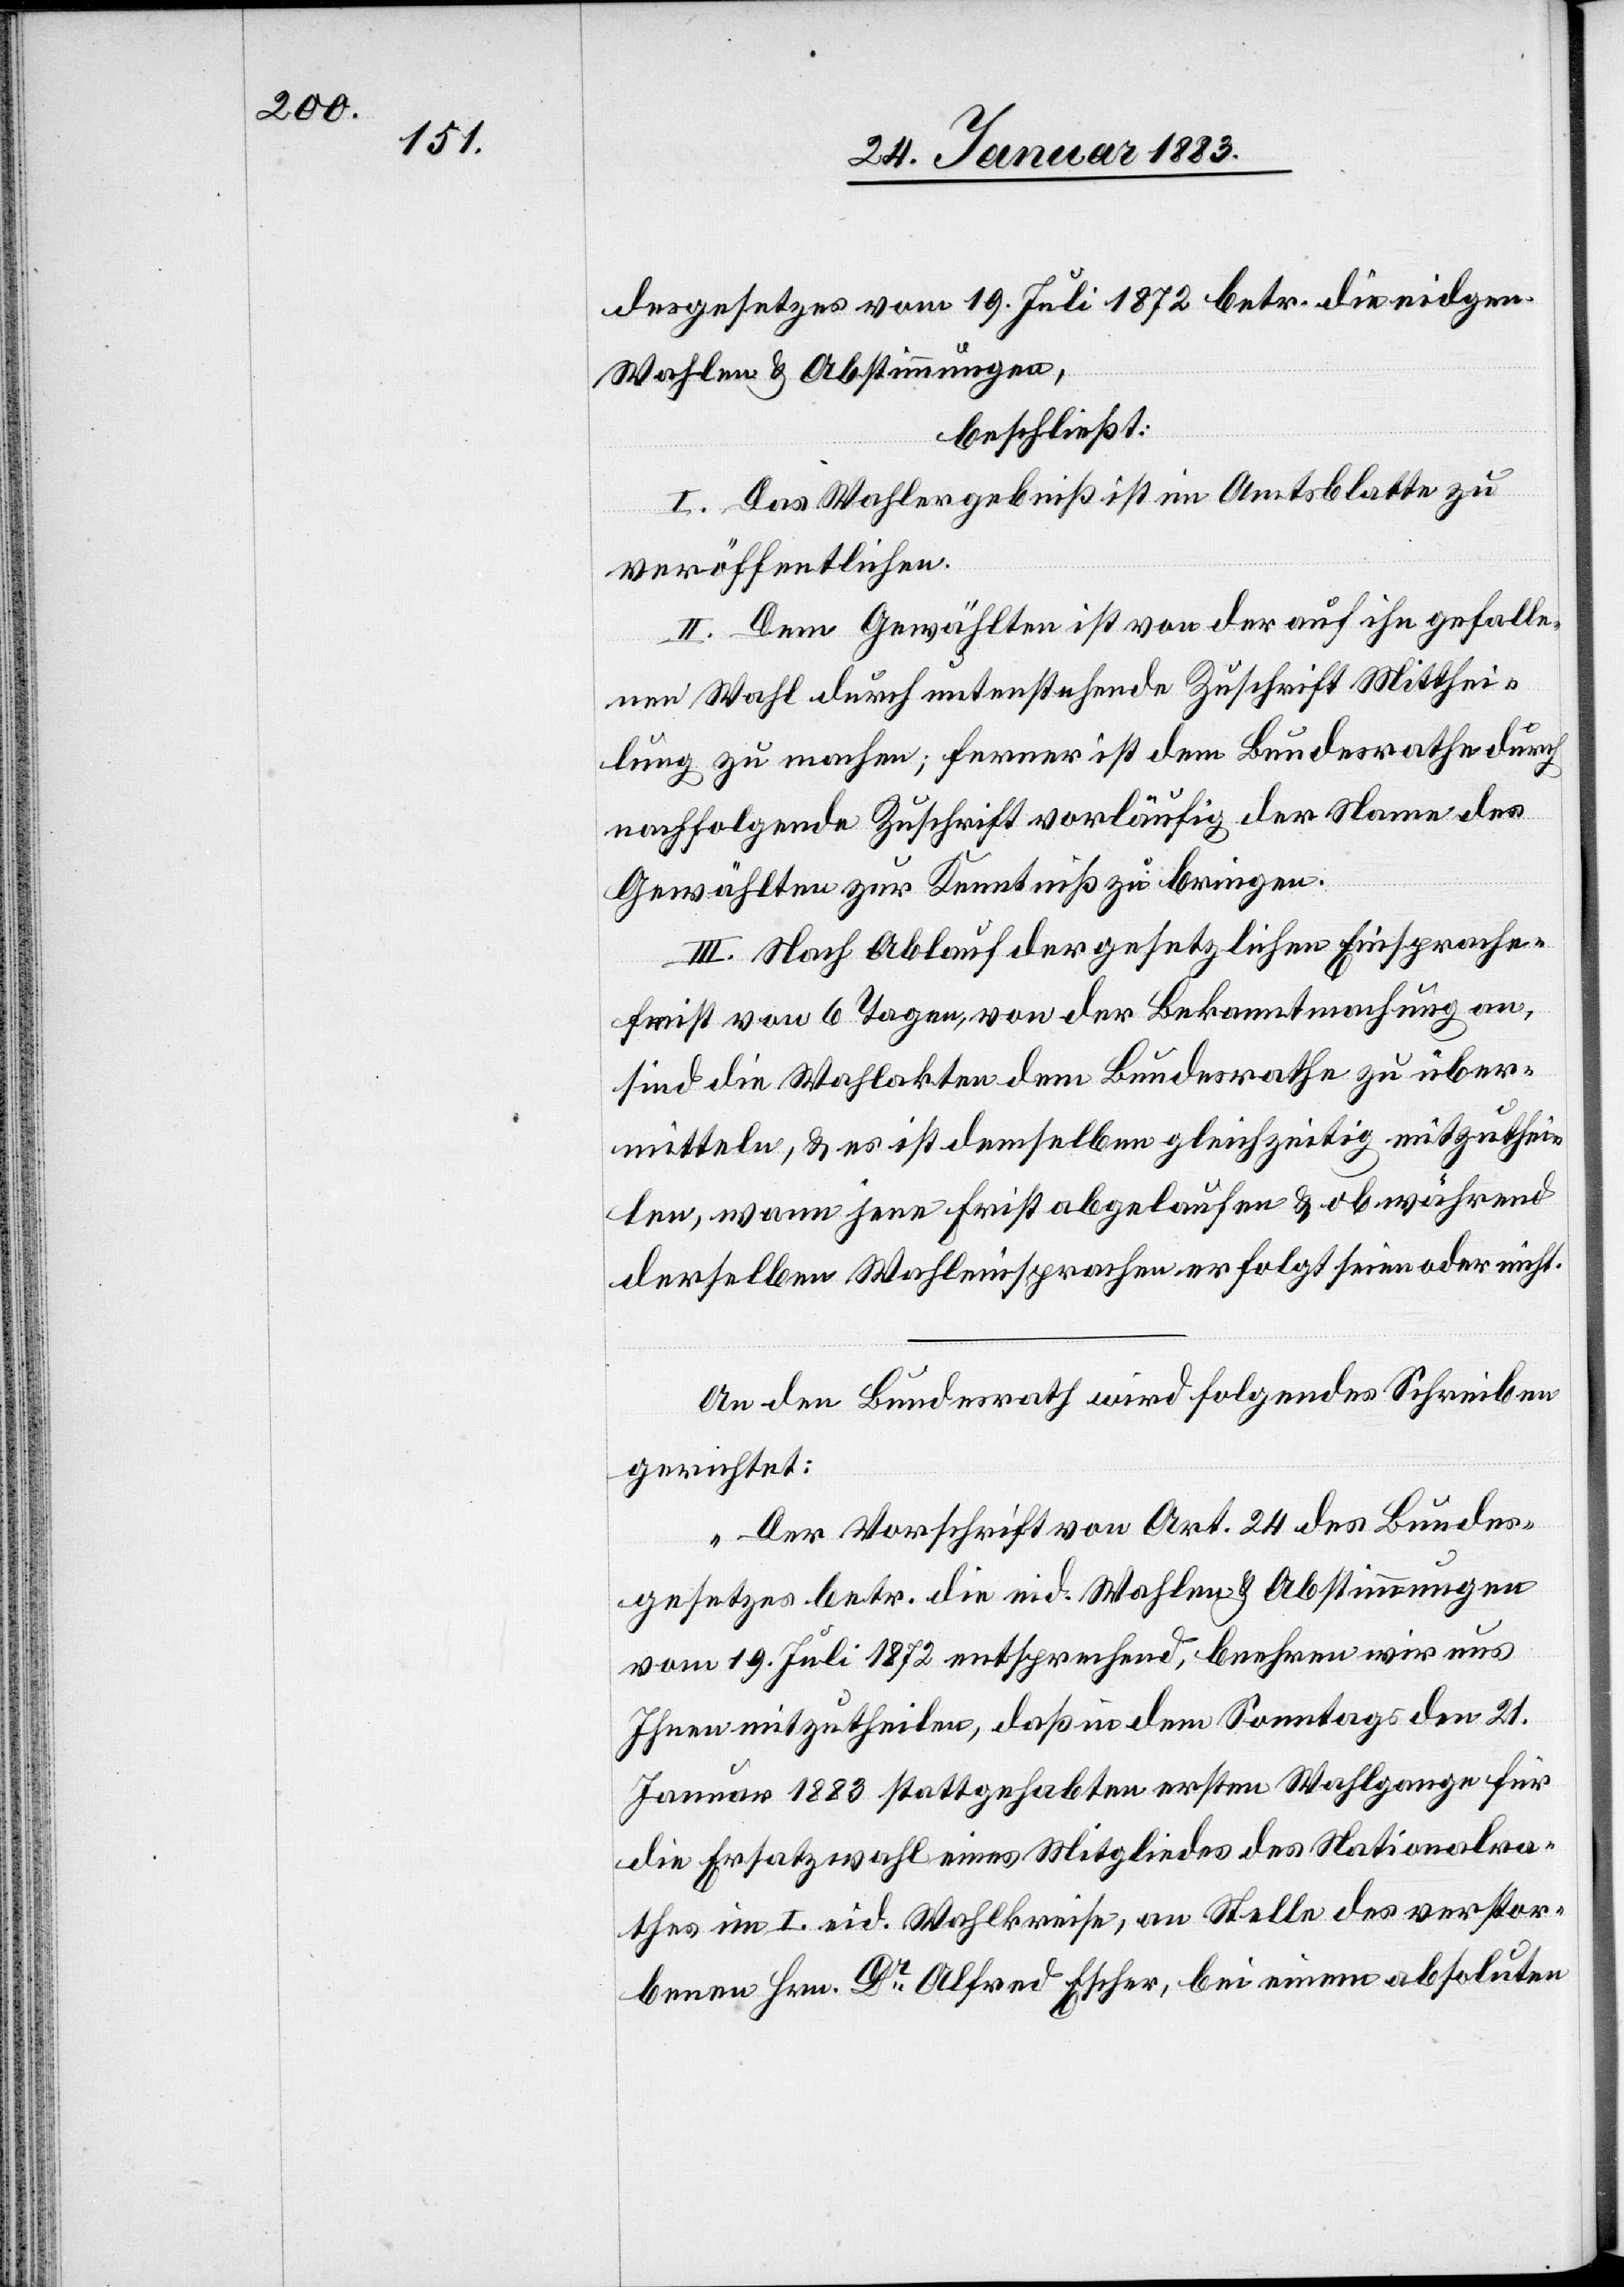
desgesetzes vom 19. Juli 1872 betr. die eidgen.
Wahlen & Abstimmungen,
beschließt:
I. Das Wahlergebniß ist im Amtsblatte zu
veröffentlichen.
II. Dem Gewählten ist von der auf ihn gefalle¬
nen Wahl durch untenstehende Zuschrift Mitthei¬
lung zu machen; ferner ist dem Bundesrathe durch
nachfolgende Zuschrift vorläufig der Name des
Gewählten zur Kenntniß zu bringen.
III. Nach Ablauf der gesetzlichen Einsprache¬
frist von 6 Tagen, von der Bekanntmachung an,
sind die Wahlakten dem Bundesrathe zu über¬
mitteln, & es ist demselben gleichzeitig mitzuthei¬
len, wann jene Frist abgelaufen & ob während
derselben Wahleinsprachen erfolgt seien oder nicht.
An den Bundesrath wird folgendes Schreiben
gerichtet:
„Der Vorschrift von Art. 24 des Bundes¬
gesetzes betr. die eid. Wahlen & Abstimmungen
vom 19. Juli 1872 entsprechend, beehren wir uns
Ihnen mitzutheilen, daß in dem Sonntags den 21.
Januar 1883 stattgehabten ersten Wahlgange für
die Ersatzwahl eines Mitgliedes des Nationalra¬
thes im I. eid. Wahlkreise, an Stelle des verstor¬
benen Hrn. Dr Alfred Escher, bei einem absoluten